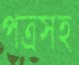
পত্রসহ